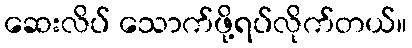
ဆေးလိပ် သောက်ဖို့ရပ်လိုက်တယ်။